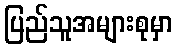
ပြည်သူအများစုမှာ